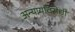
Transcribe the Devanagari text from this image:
अन्यायविरोधी